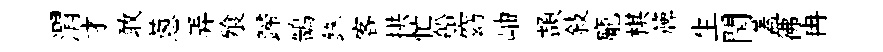
渭才敢蔥弄飱歸鵠銖客拱忙船窈岫頡敍龐棋簰生閏蓋彿冉